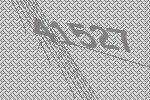
41527